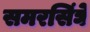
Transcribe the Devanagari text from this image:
समरसिंघे